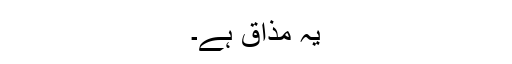
یہ مذاق ہے۔